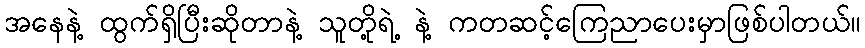
အနေနဲ့ ထွက်ရှိပြီးဆိုတာနဲ့ သူတို့ရဲ့ နဲ့ ကတဆင့်ကြေညာပေးမှာဖြစ်ပါတယ်။